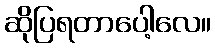
ဆိုပြရတာပေါ့လေ။